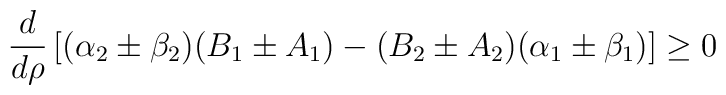
\frac{d}{d\rho} \left [ (\alpha_2\pm\beta_2)(B_1\pm A_1)-                 (B_2\pm A_2)(\alpha_1\pm\beta_1)\right ]\ge 0